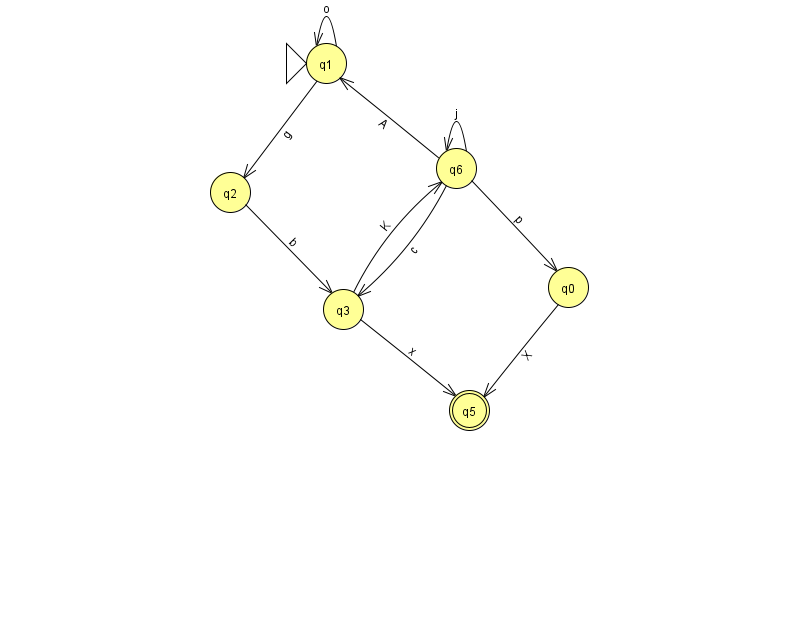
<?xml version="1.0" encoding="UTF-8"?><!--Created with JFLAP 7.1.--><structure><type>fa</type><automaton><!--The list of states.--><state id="0" name="q0"><x>568.0</x><y>274.0</y></state><state id="1" name="q1"><x>326.0</x><y>50.0</y><initial/></state><state id="2" name="q2"><x>230.0</x><y>179.0</y></state><state id="3" name="q3"><x>343.0</x><y>296.0</y></state><state id="5" name="q5"><x>469.0</x><y>397.0</y><final/></state><state id="6" name="q6"><x>456.0</x><y>155.0</y></state><!--The list of transitions.--><transition><from>6</from><to>3</to><read>c</read></transition><transition><from>6</from><to>0</to><read>p</read></transition><transition><from>1</from><to>2</to><read>g</read></transition><transition><from>0</from><to>5</to><read>X</read></transition><transition><from>2</from><to>3</to><read>b</read></transition><transition><from>3</from><to>5</to><read>x</read></transition><transition><from>3</from><to>6</to><read>K</read></transition><transition><from>6</from><to>1</to><read>A</read></transition><transition><from>6</from><to>6</to><read>j</read></transition><transition><from>1</from><to>1</to><read>o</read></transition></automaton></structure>